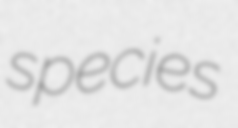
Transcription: species